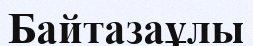
Байтазаұлы